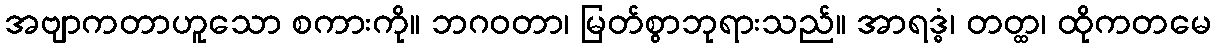
အဗျာကတာဟူသော စကားကို။ ဘဂဝတာ၊ မြတ်စွာဘုရားသည်။ အာရဒ္ဓံ၊ တတ္ထ၊ ထိုကတမေ